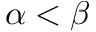
\alpha < \beta